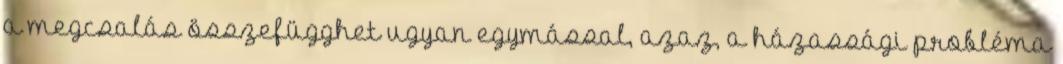
a megcsalás összefügghet ugyan egymással, azaz, a házassági probléma